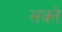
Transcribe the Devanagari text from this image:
सक्ने